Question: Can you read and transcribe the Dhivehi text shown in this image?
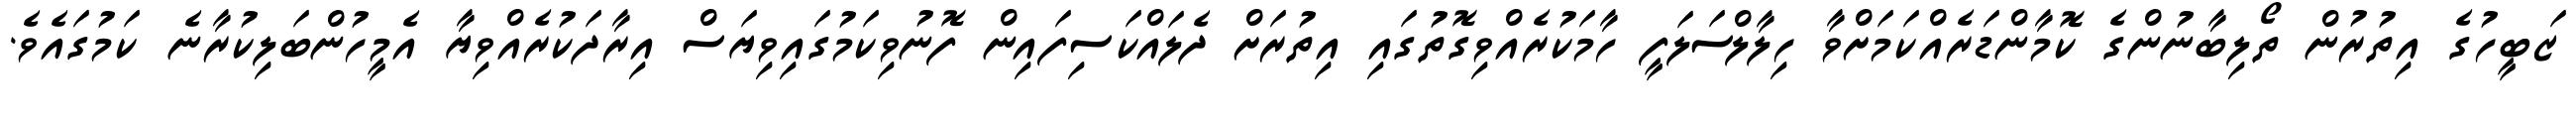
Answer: ޒަބީހުގެ އިތުރުން ތޯލިބާނުންގެ ކޮމާންޑަރެއްކަމަށްވާ ހިލާލްސަލަފީ ހާމަކުރެއްވިގޮތުގައި އިތުރަށް ދެލައްކަސިފައިން ފޮނުވިކަމުގައިވިޔަސް އިރާދަކުރެއްވިޔާ އެމީހުންބަލިކުރާނެ ކަމުގައެވެ.